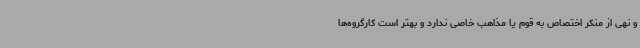
و نهی از منکر اختصاص به قوم یا مذاهب خاصی ندارد و بهتر است کارگروه‌ها